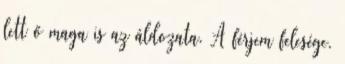
lett ő maga is az áldozata. A férjem felesége.